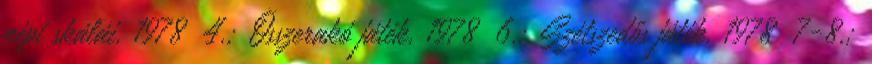
népi skálái, 1978 4.; Összerakó játék, 1978 6.; Szétszedős játék, 1978 7-8.;